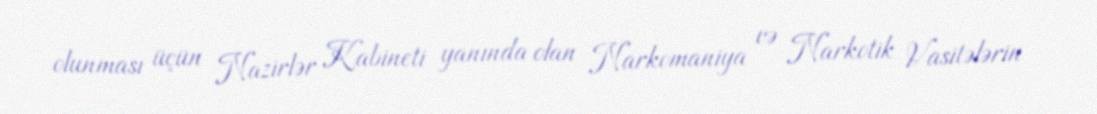
olunması üçün Nazirlər Kabineti yanında olan Narkomaniya və Narkotik Vasitələrin